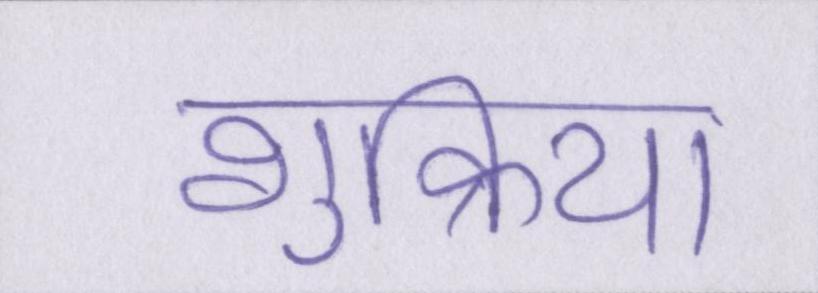
शुक्रिया